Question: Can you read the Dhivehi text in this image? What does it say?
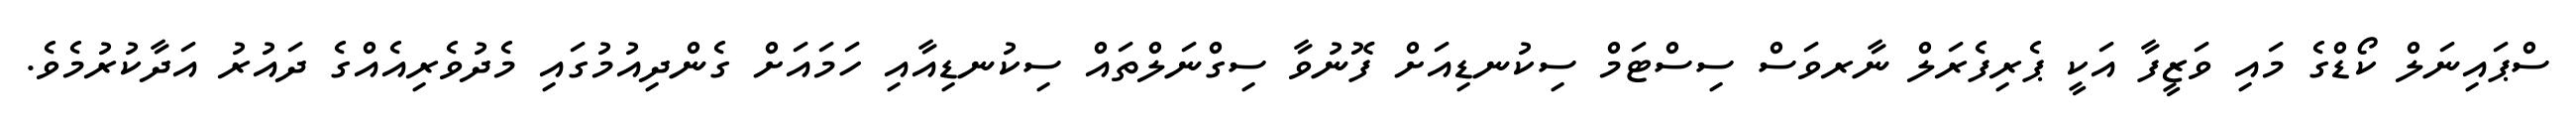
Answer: ސްޕައިނަލް ކޯޑްގެ މައި ވަޒީފާ އަކީ ޕެރިފެރަލް ނާރވަސް ސިސްޓަމް ސިކުނޑިއަށް ފޮނުވާ ސިގްނަލްތައް ސިކުނޑިއާއި ހަމައަށް ގެންދިއުމުގައި މެދުވެރިއެއްގެ ދައުރު އަދާކުރުމެވެ.